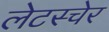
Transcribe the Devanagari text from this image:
लेटस्चेर